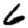
Digit: 6